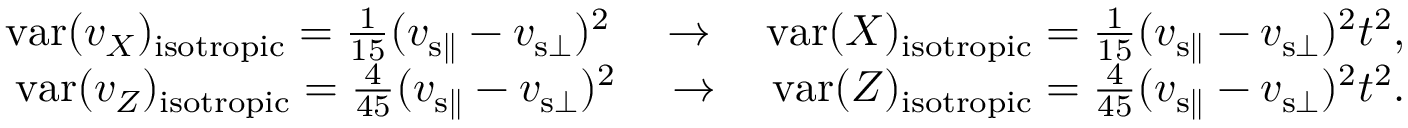
\begin{array} { r } { \mathrm { v a r } ( v _ { X } ) _ { \mathrm { i s o t r o p i c } } = \frac { 1 } { 1 5 } ( v _ { { \mathrm { s } } \parallel } - v _ { { \mathrm { s } } \bot } ) ^ { 2 } \quad \rightarrow \quad \mathrm { v a r } ( X ) _ { \mathrm { i s o t r o p i c } } = \frac { 1 } { 1 5 } ( v _ { { \mathrm { s } } \parallel } - v _ { { \mathrm { s } } \bot } ) ^ { 2 } t ^ { 2 } , } \\ { \mathrm { v a r } ( v _ { Z } ) _ { \mathrm { i s o t r o p i c } } = \frac { 4 } { 4 5 } ( v _ { { \mathrm { s } } \parallel } - v _ { { \mathrm { s } } \bot } ) ^ { 2 } \quad \rightarrow \quad \mathrm { v a r } ( Z ) _ { \mathrm { i s o t r o p i c } } = \frac { 4 } { 4 5 } ( v _ { { \mathrm { s } } \parallel } - v _ { { \mathrm { s } } \bot } ) ^ { 2 } t ^ { 2 } . } \end{array}